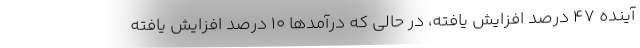
آینده ۴۷ درصد افزایش یافته، در حالی که درآمدها ۱۰ درصد افزایش یافته